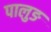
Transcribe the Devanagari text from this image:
पालुङ